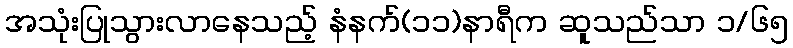
အသုံးပြုသွားလာနေသည့် နံနက်(၁၁)နာရီက ဆူသည်သာ ၁/၆၅